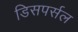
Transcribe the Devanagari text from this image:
डिसपर्सल